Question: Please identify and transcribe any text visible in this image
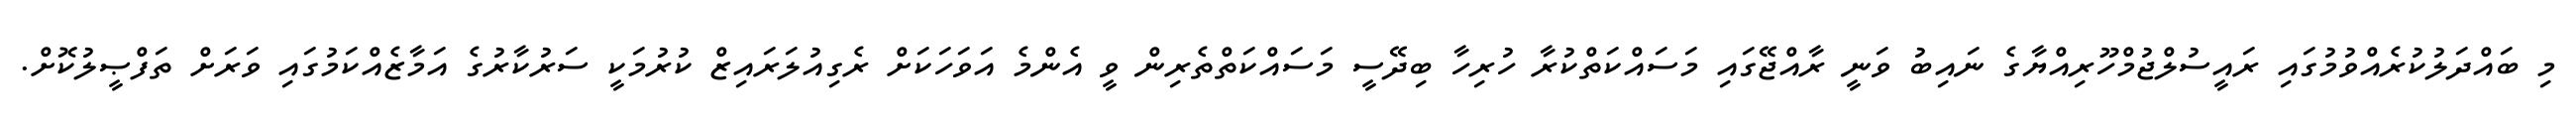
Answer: މި ބައްދަލުކުރެއްވުމުގައި ރައީސުލްޖުމްހޫރިއްޔާގެ ނައިބު ވަނީ ރާއްޖޭގައި މަސައްކަތްކުރާ ހުރިހާ ބިދޭސީ މަސައްކަތްތެރިން ވީ އެންމެ އަވަހަކަށް ރެގިއުލަރައިޒް ކުރުމަކީ ސަރުކާރުގެ އަމާޒެއްކަމުގައި ވަރަށް ތަފްޞީލުކޮށް.